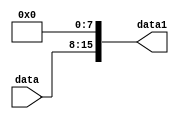
module extension
(
input  [7:0] data,
output  [15:0] data1
);
assign data1= {data,8'b0};

endmodule